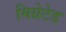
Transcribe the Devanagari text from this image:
मिग्रेटेड